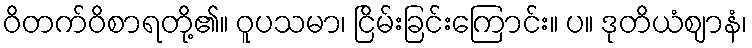
ဝိတက်ဝိစာရတို့၏။ ဝူပသမာ၊ ငြိမ်းခြင်းကြောင်း။ ပ။ ဒုတိယံဈာနံ၊